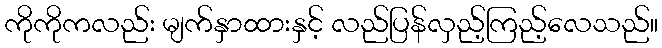
ကိုကိုကလည်း မျက်နှာထားနှင့် လည်ပြန်လှည့်ကြည့်လေသည်။